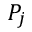
P _ { j }